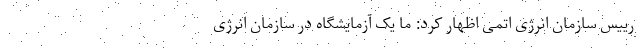
رییس سازمان انرژی اتمی اظهار کرد: ما یک آزمایشگاه در سازمان انرژی